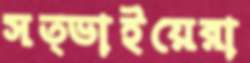
সত্ভাইয়েরা